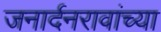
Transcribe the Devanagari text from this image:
जनार्दनरावांच्या